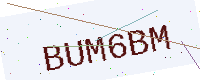
Text: BUM6BM